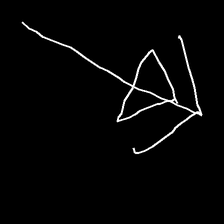
Glyph: pull